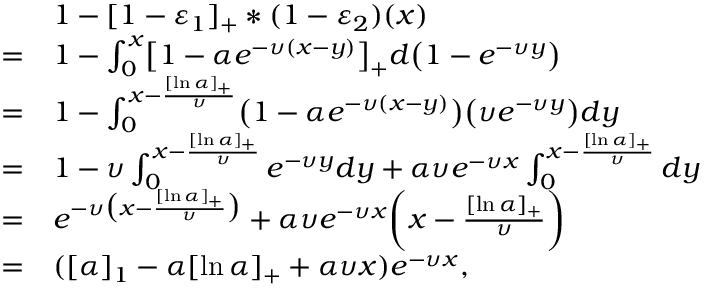
\begin{array} { r l } & { 1 - [ 1 - \varepsilon _ { 1 } ] _ { + } \ast ( 1 - \varepsilon _ { 2 } ) ( x ) } \\ { = } & { 1 - \int _ { 0 } ^ { x } \bigl [ 1 - \alpha e ^ { - \upsilon ( x - y ) } \bigr ] _ { + } d \bigl ( 1 - e ^ { - \upsilon y } \bigr ) } \\ { = } & { 1 - \int _ { 0 } ^ { x - \frac { [ \ln \alpha ] _ { + } } { \upsilon } } \bigl ( 1 - \alpha e ^ { - \upsilon ( x - y ) } \bigr ) \bigl ( \upsilon e ^ { - \upsilon y } \bigr ) d y } \\ { = } & { 1 - \upsilon \int _ { 0 } ^ { x - \frac { [ \ln \alpha ] _ { + } } { \upsilon } } e ^ { - \upsilon y } d y + \alpha \upsilon e ^ { - \upsilon x } \int _ { 0 } ^ { x - \frac { [ \ln \alpha ] _ { + } } { \upsilon } } d y } \\ { = } & { e ^ { - \upsilon \bigl ( x - \frac { [ \ln \alpha ] _ { + } } { \upsilon } \bigr ) } + \alpha \upsilon e ^ { - \upsilon x } \biggl ( x - \frac { [ \ln \alpha ] _ { + } } { \upsilon } \biggr ) } \\ { = } & { ( [ \alpha ] _ { 1 } - \alpha [ \ln \alpha ] _ { + } + \alpha \upsilon x ) e ^ { - \upsilon x } , } \end{array}